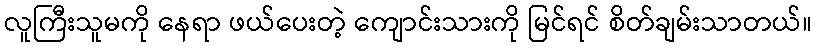
လူကြီးသူမကို နေရာ ဖယ်ပေးတဲ့ ကျောင်းသားကို မြင်ရင် စိတ်ချမ်းသာတယ်။